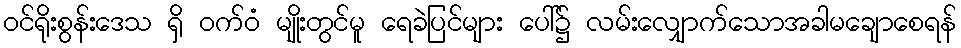
ဝင်ရိုးစွန်းဒေသ ရှိ ဝက်ဝံ မျိုးတွင်မူ ရေခဲပြင်များ ပေါ်၌ လမ်းလျှောက်သောအခါမချောစေရန်